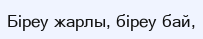
Біреу жарлы, біреу бай,